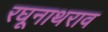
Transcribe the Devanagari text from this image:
रघूनाथराव